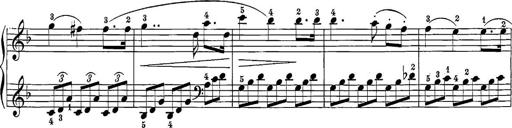
Title: 12 Sonatine per Pianoforte
Composer: Friedrich Kuhlau